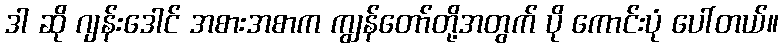
ဒါ ဆို ဂျန်းဒေါင် အစားအစာက ကျွန်တော်တို့အတွက် ပို ကောင်းပုံ ပေါ်တယ်။